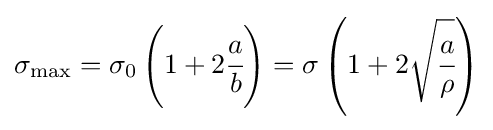
\sigma _{\max }=\sigma _{0}\left(1+2{\cfrac {a}{b}}\right)=\sigma \left(1+2{\sqrt {\cfrac {a}{\rho }}}\right)